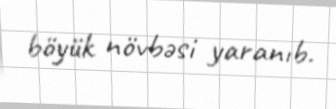
böyük növbəsi yaranıb.